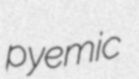
pyemic